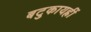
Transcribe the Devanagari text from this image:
बटुकायह्रीं